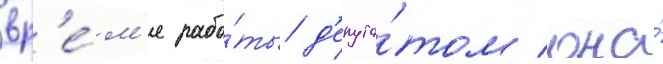
вр'е́м'я рабо́ты д'епута́том она́